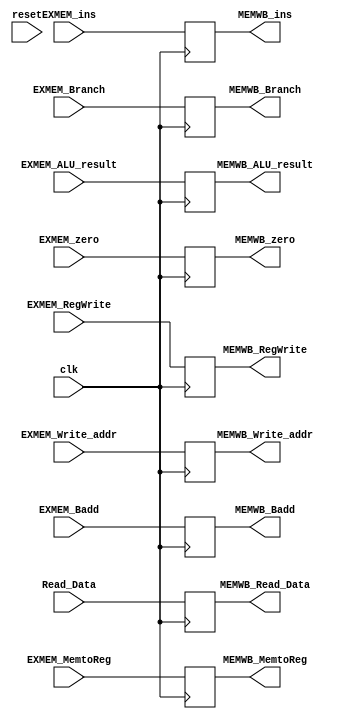
`timescale 1ns / 1ps
//////////////////////////////////////////////////////////////////////////////////
// Company: 
// Engineer: 
// 
// Design Name: 
// Module Name: MEMWB_reg
// Project Name: 
// Target Devices: 
// Tool Versions: 
// Description: 
// 
// Dependencies: 
// 
// Revision:
// Revision 0.01 - File Created
// Additional Comments:
// 
//////////////////////////////////////////////////////////////////////////////////


module MEMWB_reg(
input clk,
input reset,
input [31:0]Read_Data,
input[31:0] EXMEM_ins,
input EXMEM_MemtoReg, 
input EXMEM_RegWrite, 
input[31:0] EXMEM_ALU_result,
input [4:0] EXMEM_Write_addr,
input [31:0] EXMEM_Badd,
input EXMEM_zero,
input EXMEM_Branch,
output reg[31:0] MEMWB_Badd,
output reg MEMWB_zero,
output reg MEMWB_Branch,
output reg[31:0]MEMWB_Read_Data,
output reg[31:0]MEMWB_ins,
output reg MEMWB_MemtoReg, 
output reg MEMWB_RegWrite,
output reg [31:0] MEMWB_ALU_result, 
output reg[4:0] MEMWB_Write_addr
);
always@(posedge clk)begin
    MEMWB_Read_Data <= Read_Data;
    MEMWB_ins <= EXMEM_ins;
    MEMWB_ALU_result <= EXMEM_ALU_result;
    MEMWB_RegWrite   <= EXMEM_RegWrite;
    MEMWB_MemtoReg  <= EXMEM_MemtoReg;
    MEMWB_Write_addr <= EXMEM_Write_addr;
    MEMWB_Badd <= EXMEM_Badd;
    MEMWB_zero <= EXMEM_zero;
    MEMWB_Branch <= EXMEM_Branch;
end
endmodule